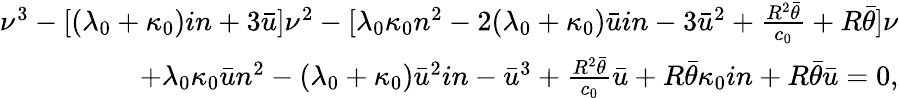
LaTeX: \begin{array}{r}{\nu^{3}-[(\lambda_{0}+\kappa_{0})in+3\bar{u}]\nu^{2}-[\lambda_{0}\kappa_{0}n^{2}-2(\lambda_{0}+\kappa_{0})\bar{u}in-3\bar{u}^{2}+\frac{R^{2}\bar{\theta}}{c_{0}}+R\bar{\theta}]\nu}\\ {+\lambda_{0}\kappa_{0}\bar{u}n^{2}-(\lambda_{0}+\kappa_{0})\bar{u}^{2}in-\bar{u}^{3}+\frac{R^{2}\bar{\theta}}{c_{0}}\bar{u}+R\bar{\theta}\kappa_{0}in+R\bar{\theta}\bar{u}=0,}\end{array}